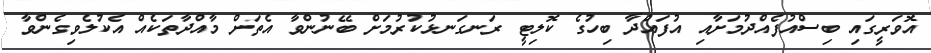
އޮވަރީގައި ބިސްއުފެއްދުމަށާއި އުފައްދާ ބިހުގެ ކޮލިޓީ ރަނގަނޅުކުރުމަށް ބޭނުންވާ އެތަށް މާއްދާތަކެއް އެކުލެވިގެންވާ